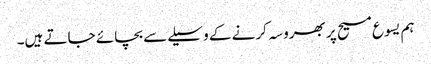
ہم یسوع مسیح پر بھروسہ کرنے کے وسیلےسے بچائے جاتے ہیں۔